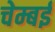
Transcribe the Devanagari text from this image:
चेम्बई